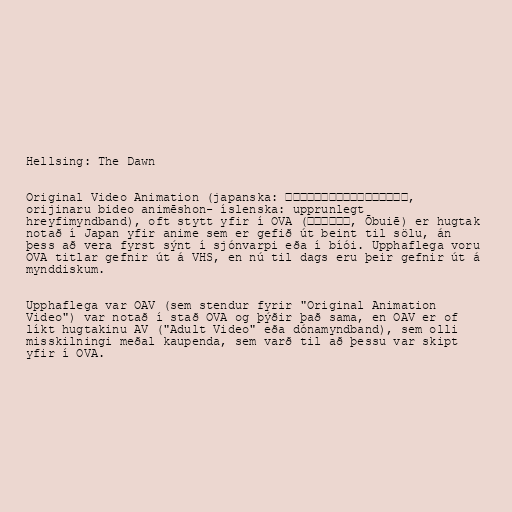
Hellsing: The Dawn

Original Video Animation (japanska: オリジナル・ビデオ・アニメーション,
orijinaru bideo animēshon- íslenska: upprunlegt
hreyfimyndband), oft stytt yfir í OVA (オーブイエー, Ōbuiē) er hugtak
notað í Japan yfir anime sem er gefið út beint til sölu, án
þess að vera fyrst sýnt í sjónvarpi eða í bíói. Upphaflega voru
OVA titlar gefnir út á VHS, en nú til dags eru þeir gefnir út á
mynddiskum.

Upphaflega var OAV (sem stendur fyrir "Original Animation
Video") var notað í stað OVA og þýðir það sama, en OAV er of
líkt hugtakinu AV ("Adult Video" eða dónamyndband), sem olli
misskilningi meðal kaupenda, sem varð til að þessu var skipt
yfir í OVA.